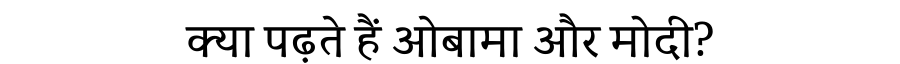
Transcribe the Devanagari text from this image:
क्या पढ़ते हैं ओबामा और मोदी?